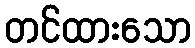
တင်ထားသော